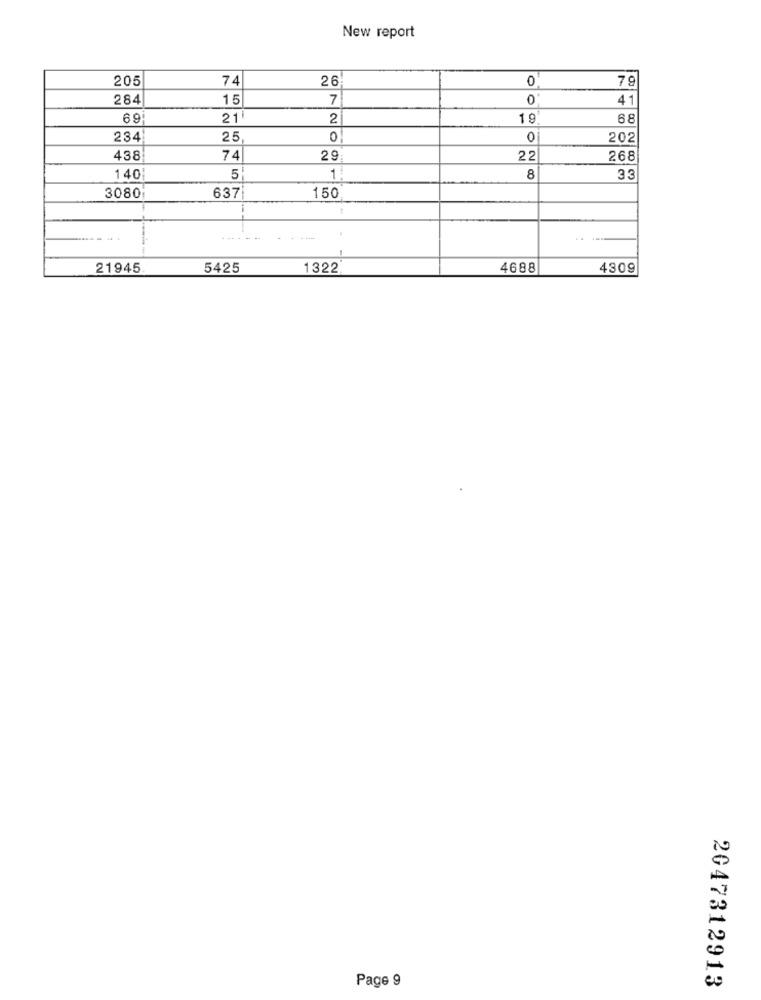
New report
205
74
26
0
79
284
15
7
0
41
69
21
2
19
68
234
25
0
0
202
438
74
29
22
268
140
5
1
8
33
3080
637
150
...
21945
5425
1322
4688
4309
Page 9
2047312913